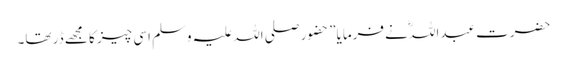
حضرت عبداللہؓ نے فرمایا” حضور صلی اللہ علیہ وسلم اسی چیز کا مجھے ڈر تھا۔